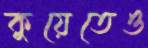
কুয়েতেও